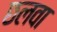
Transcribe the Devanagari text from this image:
छलवा